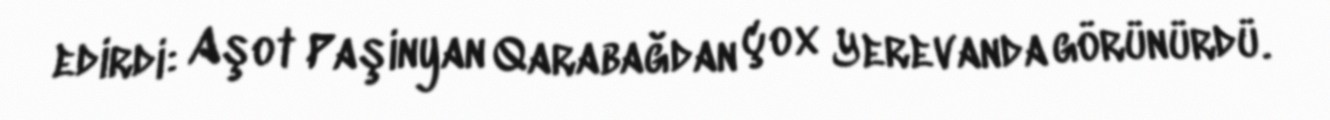
edirdi: Aşot Paşinyan Qarabağdan çox Yerevanda görünürdü.